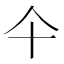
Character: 仐